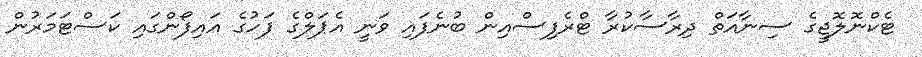
ޓެކްނޮލޮޖީގެ ސިނާއަތް ދިރާސާކުރާ ޓްރެފިސްއިން ބުނެފައި ވަނީ އެޕަލްގެ ފަހުގެ އައިފޯންގައި ކަސްޓަމަރުން